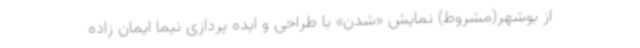
از بوشهر(مشروط) نمایش «شدن» با طراحی و ایده پردازی نیما ایمان زاده